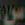
س